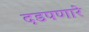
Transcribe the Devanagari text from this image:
दडपणारे